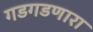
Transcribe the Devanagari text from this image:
गडगडणारा